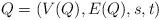
LaTeX: \begin{align*}Q=(V(Q), E(Q), s, t)\end{align*}